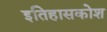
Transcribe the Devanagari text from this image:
इतिहासकोश